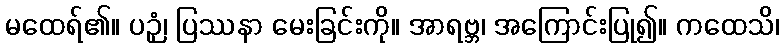
မထေရ်၏။ ပဉှံ၊ ပြဿနာ မေးခြင်းကို။ အာရဗ္ဘ၊ အကြောင်းပြု၍။ ကထေသိ၊